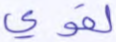
لقوي